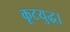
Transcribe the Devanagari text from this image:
कूटयुद्ध।